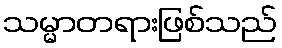
သမ္မာတရားဖြစ်သည်